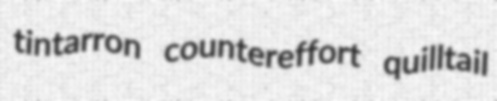
tintarron countereffort quilltail